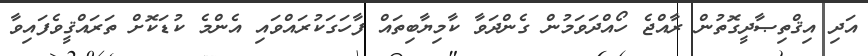
އަދި އިޤްތިޞާދީގޮތުން ރާއްޖެ ހޯއްދަވަމުން ގެންދަވާ ކާމިޔާބިތައް ފާހަގަކުރައްވައި އެންމެ ކުޑަކޮށް ތަރައްޤީވެފައިވާ